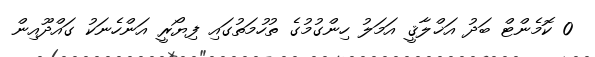
0 ކޮމެންޓް ބަދު އަޚްލާޤީ އަމަލު ހިންގުމުގެ ތުހުމަތުގައި ފިޔޯރީ އަންހެނަކު ގައްދޫއިން